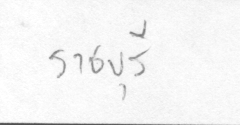
ราชบุรี